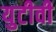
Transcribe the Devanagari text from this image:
युटीवी